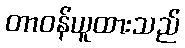
တာဝန်ယူထားသည်